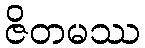
ဇိတမဿ